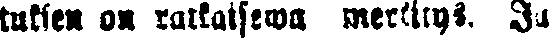
tuksen on ratkaisewa merkitys. Ja